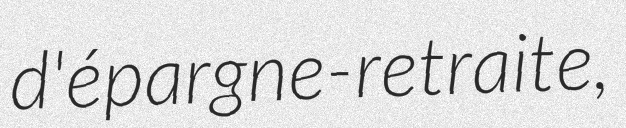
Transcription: d'épargne-retraite,